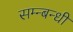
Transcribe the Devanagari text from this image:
सम्न्बन्धी